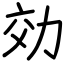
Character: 効